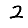
Digit: 2